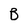
Character: B